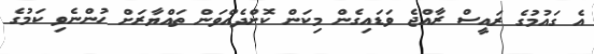
އެ ގައުމުގެ ރައީސް ރާއްޖެ ވަޑައިގެން މިކަން ކޮށްދެއްވަން ތައްޔާރަށް ހުންނެވި ކަމުގެ